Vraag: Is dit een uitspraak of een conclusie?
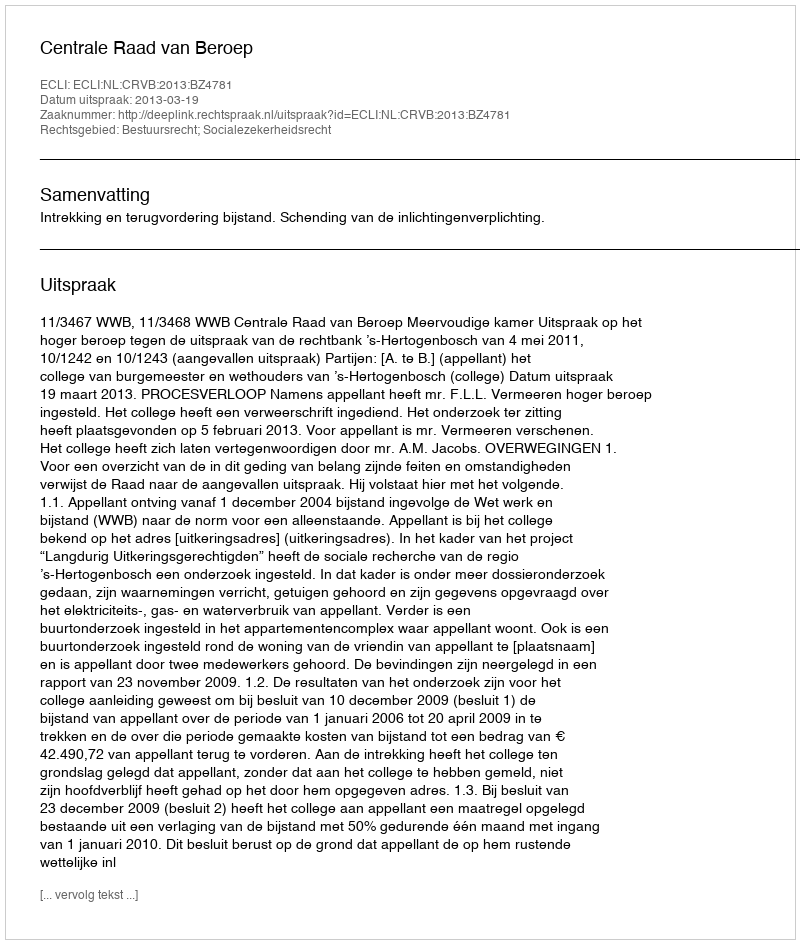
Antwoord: Uitspraak